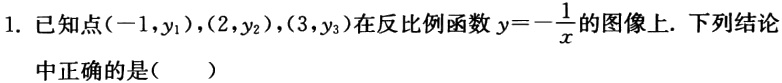
1. 已知点\((-1,y_{1}),(2,y_{2}),(3,y_{3})\)在反比例函数\(y = -\frac{1}{x}\)的图像上. 下列结论中正确的是（  ）